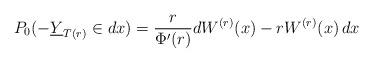
LaTeX: \begin{align*}P_0(-\underline{Y}_{T(r)}\in dx) =\frac{r}{\Phi'(r)}dW^{(r)}(x)-rW^{(r)}(x)\,dx\end{align*}